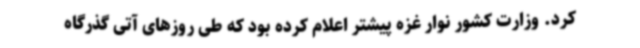
کرد. وزارت کشور نوار غزه پیشتر اعلام کرده بود که طی روزهای آتی گذرگاه